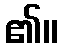
၏။